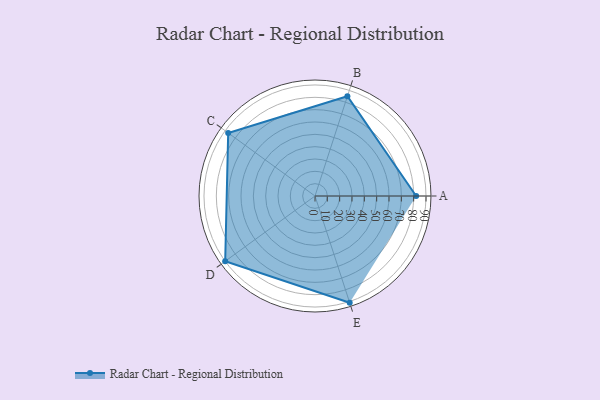
{"axis": {"x": "Skill", "y": "Score"}, "legend": ["Profile"], "data": [{"x": "A", "y": 82.0, "type": "Profile"}, {"x": "B", "y": 85.0, "type": "Profile"}, {"x": "C", "y": 87.0, "type": "Profile"}, {"x": "D", "y": 90.0, "type": "Profile"}, {"x": "E", "y": 91.0, "type": "Profile"}]}